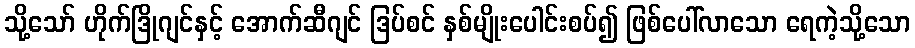
သို့သော် ဟိုက်ဒြိုဂျင်နှင့် အောက်ဆီဂျင် ဒြပ်စင် နှစ်မျိုးပေါင်းစပ်၍ ဖြစ်ပေါ်လာသော ရေကဲ့သို့သော